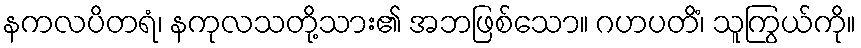
နကလပိတရံ၊ နကုလသတို့သား၏ အဘဖြစ်သော။ ဂဟပတိံ၊ သူကြွယ်ကို။